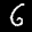
Label: 6